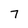
Character: 7